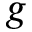
g